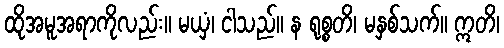
ထိုအမူအရာကိုလည်း။ မယှံ၊ ငါသည်။ န ရုစ္စတိ၊ မနှစ်သက်။ ဣတိ၊